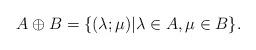
LaTeX: \begin{align*}A\oplus B=\{(\lambda;\mu)|\lambda\in A,\mu\in B\}.\end{align*}